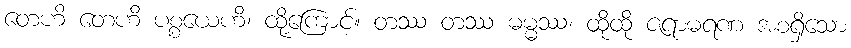
တေဟိ တေဟိ ပစ္စယေဟိ၊ ထို့ကြောင့်။ တဿ တဿ ဓမ္မဿ၊ ထိုထို ဇရာမရဏ အစရှိသော